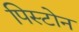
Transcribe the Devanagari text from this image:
पिस्टोन